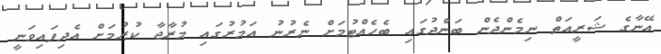
އޭނާގެ ޝަރީއަތް ނިމެންދެން ބަންދުގައި ބެހެއްޓުމަށް ނެރުނު އަމުރުގައި މުރާޖާ ކުރުމަށް އެދިފައިވަނީ